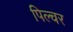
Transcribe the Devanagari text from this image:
पिल्चर